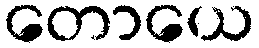
တောယေ